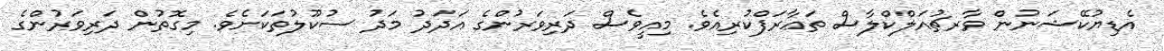
އެޑިޔުކޭޝަނުން ވާރޗުއަލްކްލާސް ތަޢާރަފްކުރިއެވެ. މިއީވެސް ދަރިވަރުންގެ އަދަދު މަދު ސުކޫލުތަކަށެވެ. މިގޮތުން ދަރިވަރުންގެ